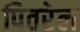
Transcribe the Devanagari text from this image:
पितरेल